system: You are a helpful assistant.
user:
Analyze the provided spectrum to determine if it is a **"Cataclysmic Variables (CV)"**.

- **Key Indicators for CV (Check for either state):**
    - **State 1: Quiescent / Low-State (Emission-Dominated)**
        - **(Primary):** Strong and *very broad* Hydrogen Balmer emission lines (e.g., $H\alpha$ at 6563 Å, $H\beta$ at 4861 Å). The 'broadness' (high velocity dispersion, often FWHM > 1000 km/s) is the key diagnostic, indicating a high-velocity accretion disk.
        - **(Secondary):** Broad neutral Helium (He I) emission lines (e.g., 5876 Å, 6678 Å).
        - **(Key Confirmation):** Presence of high-excitation *ionized* Helium (He II) emission at 4686 Å. This is a strong indicator of accretion onto a white dwarf.
        - **(Line Profile):** Emission lines may exhibit a 'double-peaked' profile, which is a classic signature of a rotating accretion disk viewed at high inclination.

    - **State 2: Outburst / High-State (Absorption-Dominated)**
        - **(Primary):** Spectrum is dominated by a bright, blue continuum (looks like a hot star).
        - **(Secondary):** The emission lines from State 1 are weak, absent, or 'filled in', and are replaced by broad, shallow *absorption* lines (primarily Balmer and He I).
        - **(Morphology):** The overall spectrum mimics a hot B/A-type star. The crucial difference is that the absorption lines are significantly broader, shallower, and more 'washed-out' (or 'smeared') than the sharp lines of a normal stellar photosphere, due to high rotational speeds and pressure broadening in the disk.

Think first, call **spectral_visualization_tool** if needed to examine features in detail, then provide your final answer. Your response must adhere to the following strict rules:
1.  **Overall Structure:** Your response must follow the format `<think>...</think> <tool_call>...</tool_call> (if a tool is used) <answer>...</answer>`.
2.  **Tool Usage Constraint:** You may only make **one** tool call per turn.
3.  **Final Answer Format:** In the `<answer>` tag, your conclusion must be inside a `\boxed{}` command (e.g., `\boxed{YES}`), followed by your justification.

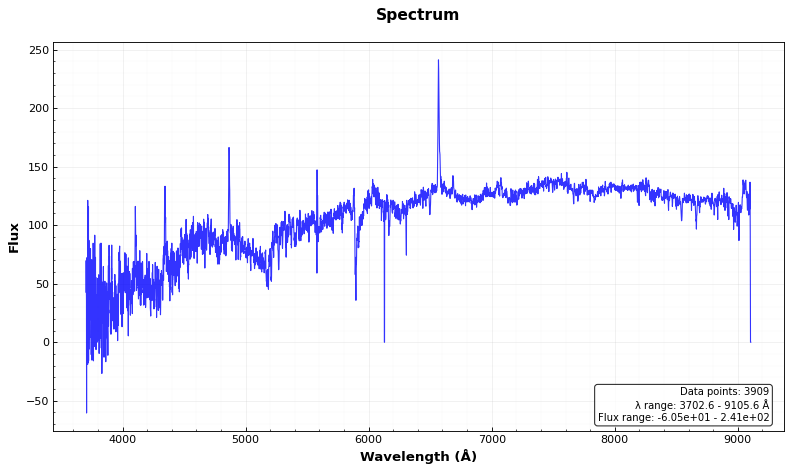
Answer: YES